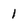
Character: 1